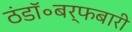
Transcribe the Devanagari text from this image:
ठंडॉ॰बर्फबारी